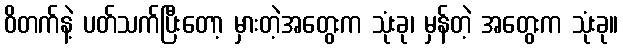
ဝိတက်နဲ့ ပတ်သက်ပြီးတော့ မှားတဲ့အတွေးက သုံးခု၊ မှန်တဲ့ အတွေးက သုံးခု။